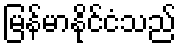
မြန်မာနိုင်ငံသည်